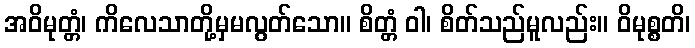
အဝိမုတ္တံ၊ ကိလေသာတို့မှမလွတ်သော။ စိတ္တံ ဝါ၊ စိတ်သည်မူလည်း။ ဝိမုစ္စတိ၊